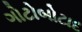
ગોટોબોટાદ